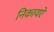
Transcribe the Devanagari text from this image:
निकायऐ